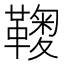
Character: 𩌽